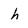
Character: h